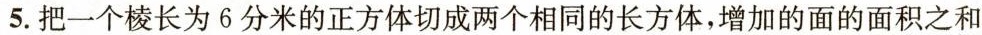
5.把一个棱长为6分米的正方体切成两个相同的长方体，增加的面的面积之和